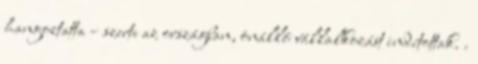
hangoztatta – szerte az országban, önálló vállalkozást indítottak. .